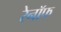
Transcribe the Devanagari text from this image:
रेनॉफ